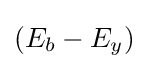
(E_{b}-E_{y})